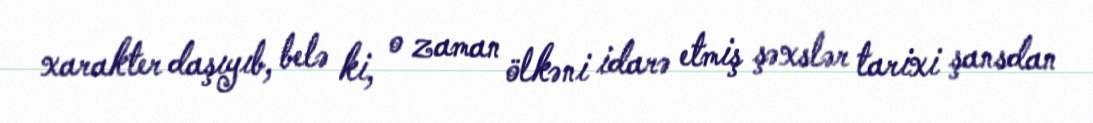
xarakter daşıyıb, belə ki, o zaman ölkəni idarə etmiş şəxslər tarixi şansdan